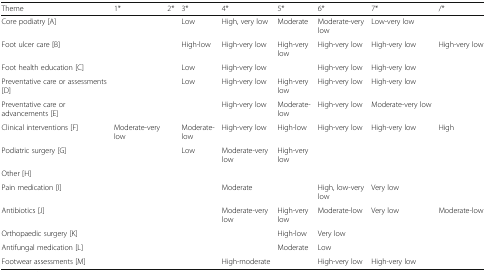
| Theme | 1* | 2* | 3* | 4* | 5* | 6* | 7* | /* |
 | --- | --- | --- | --- | --- | --- | --- | --- | --- |
 | Core podiatry [A] |  |  | Low | High, very low | Moderate | Moderate-very low | Low-very low |  |
 | Foot ulcer care [B] |  |  | High-low | High-very low | High-very low | High-very low | High-very low | High-very low |
 | Foot health education [C] |  |  | Low | High-very low |  | High-very low | High-very low |  |
 | Preventative care or assessments [D] |  |  | Low | High-very low | High-very low | High-very low | High-very low |  |
 | Preventative care or advancements [E] |  |  |  | High-very low | Moderate-low | High-very low | Moderate-very low |  |
 | Clinical interventions [F] | Moderate-very low |  | Moderate-low | High-very low | High-low | High-very low | High-very low | High |
 | Podiatric surgery [G] |  |  | Low | Moderate-very low | High-very low |  |  |  |
 | <COLSPAN=2> Other [H] |  | <COLSPAN=6>  |
 | Pain medication [I] |  |  |  | Moderate |  | High, low-very low | Very low |  |
 | Antibiotics [J] |  |  |  | Moderate-very low | High-very low | Moderate-low | Very low | Moderate-low |
 | Orthopaedic surgery [K] |  |  |  |  | High-low | Very low |  |  |
 | Antifungal medication [L] |  |  |  |  | Moderate | Low |  |  |
 | Footwear assessments [M] |  |  |  | High-moderate |  | High-very low | High-very low |  |